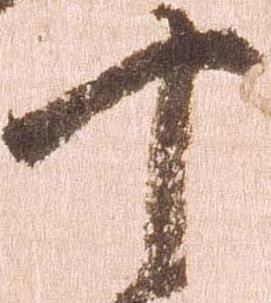
十